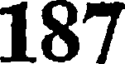
187